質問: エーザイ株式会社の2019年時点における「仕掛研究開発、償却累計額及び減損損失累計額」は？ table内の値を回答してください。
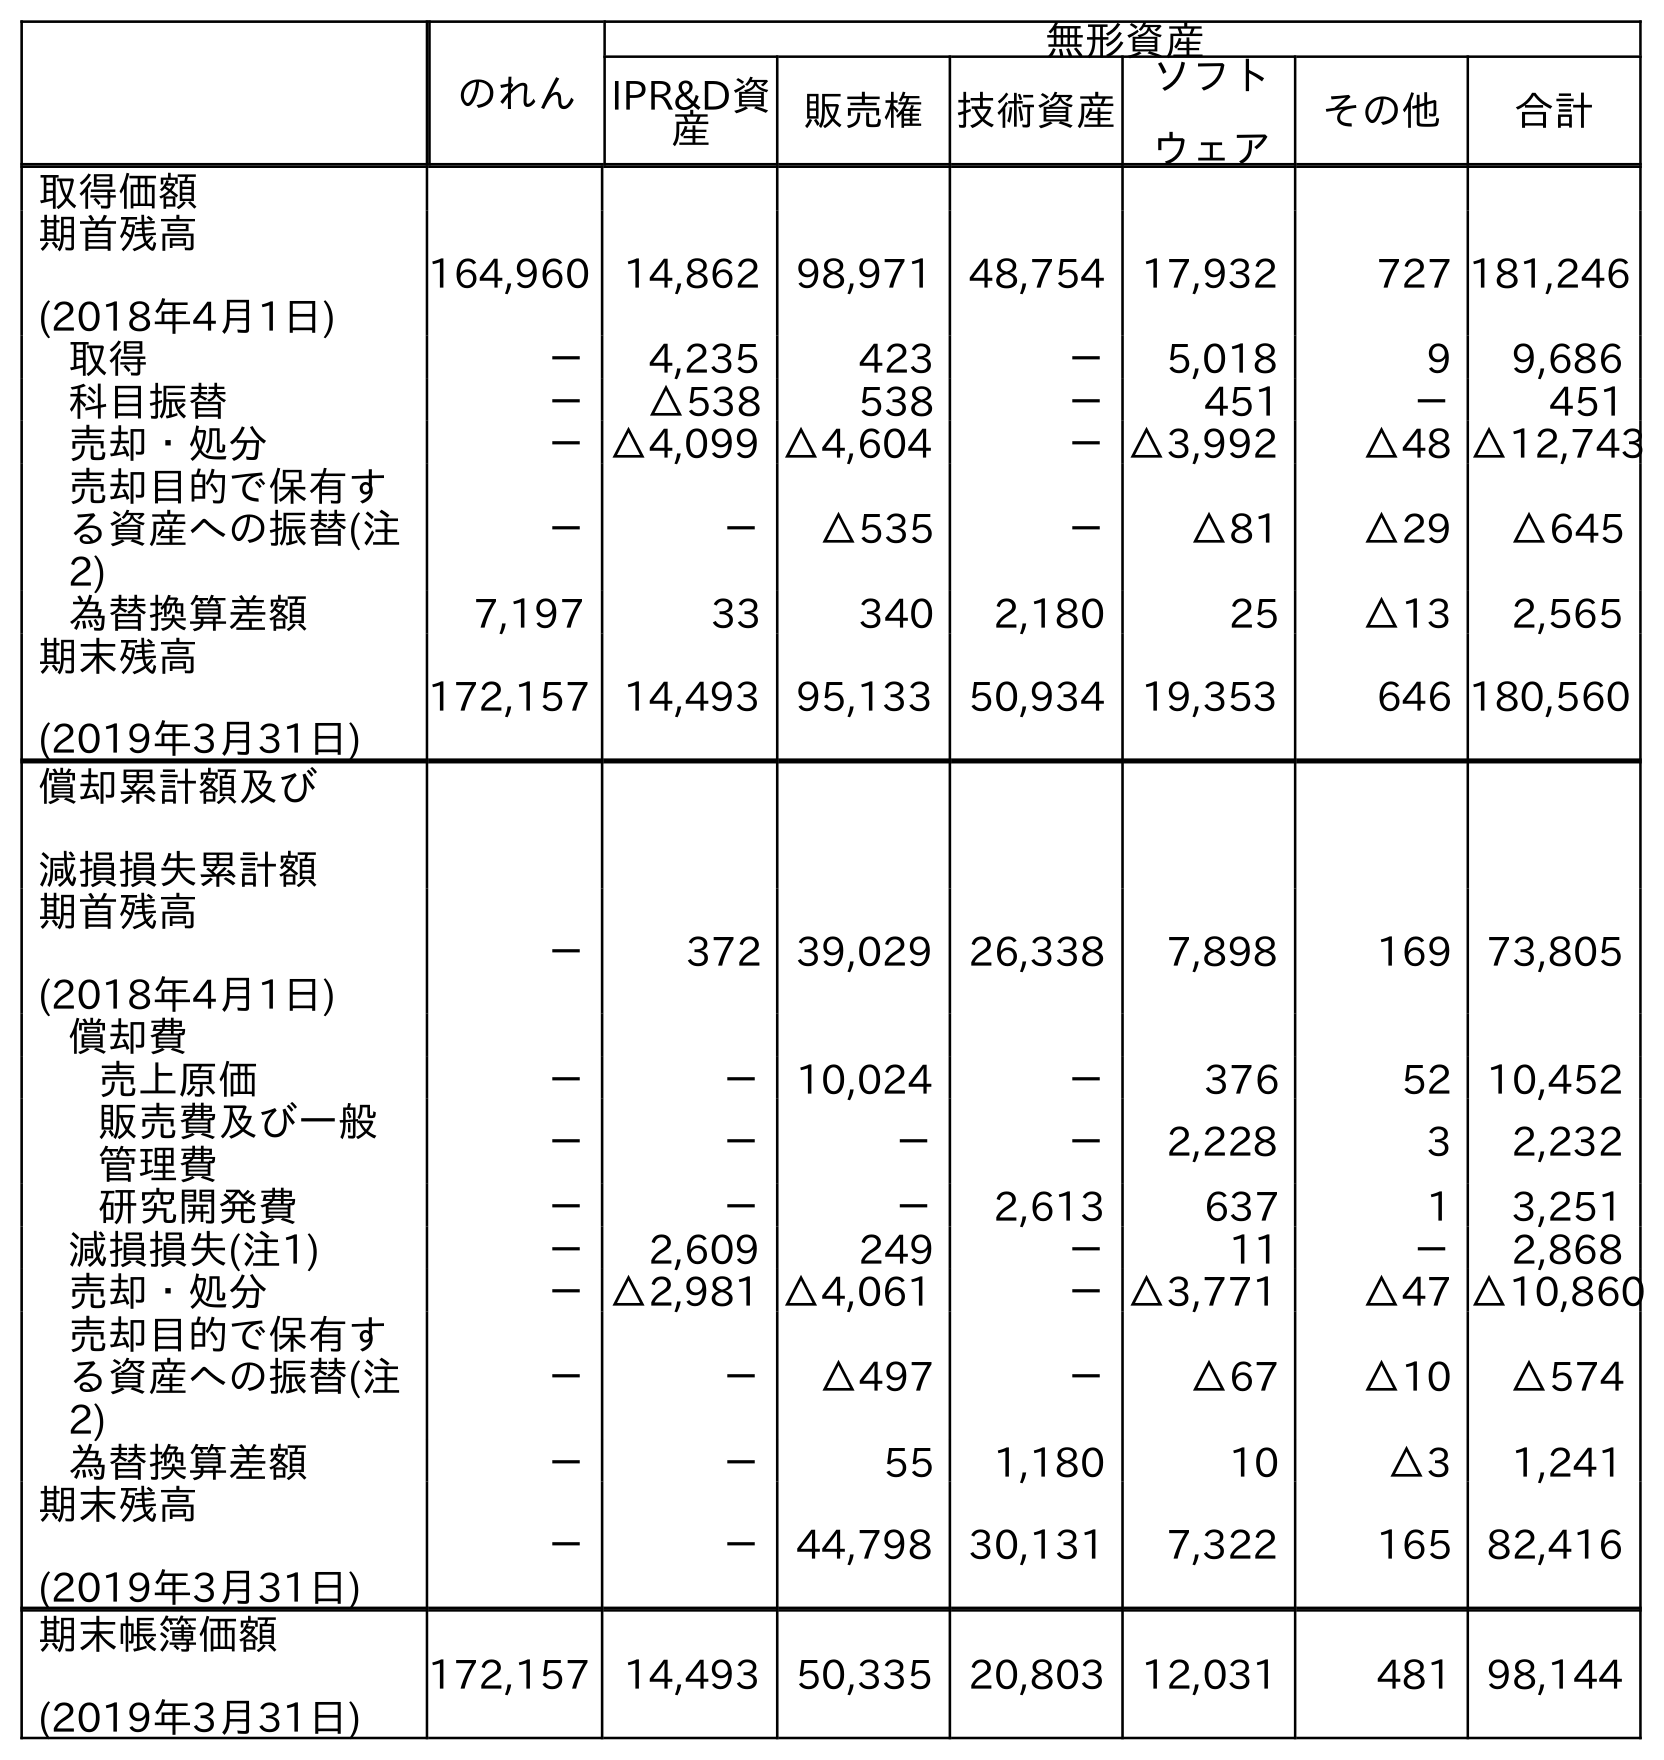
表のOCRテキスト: のれん 無形資産 IPR&D資 産 販売権 技術資産 ソフト ウェア その他 合計 取得価額 期首残高 (2018年4月1日) 164,960 14,862 98,971 48,754 17,932 727 181,246 取得 － 4,235 423 － 5,018 9 9,686 科目振替 － △538 538 － 451 － 451 売却・処分 －△4,099 △4,604 －△3,992 △48 △12,743 売却目的で保有す る資産への振替(注 2) － － △535 － △81 △29 △645 為替換算差額 7,197 33 340 2,180 25 △13 2,565 期末残高 (2019年3月31日) 172,157 14,493 95,133 50,934 19,353 646 180,560 償却累計額及び 減損損失累計額 期首残高 (2018年4月1日) － 372 39,029 26,338 7,898 169 73,805 償却費 売上原価 － － 10,024 － 376 52 10,452 販売費及び一般 管理費 － － － － 2,228 3 2,232 研究開発費 － － － 2,613 637 1 3,251 減損損失(注1) － 2,609 249 － 11 － 2,868 売却・処分 －△2,981 △4,061 －△3,771 △47 △10,860 売却目的で保有す る資産への振替(注 2) － － △497 － △67 △10 △574 為替換算差額 － － 55 1,180 10 △3 1,241 期末残高 (2019年3月31日) － － 44,798 30,131 7,322 165 82,416 期末帳簿価額 (2019年3月31日) 172,157 14,493 50,335 20,803 12,031 481 98,144
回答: －